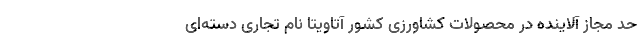
حد مجاز آلاینده در محصولات کشاورزی کشور آتاویتا نام تجاری دسته‌ای